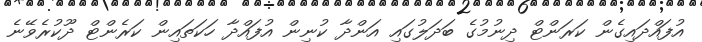
އުފައްދައިގެން ކަރަންޓް ދިނުމުގެ ބަދަލުގައި އަންދާ ކުނިން އުފައްދާ ހަކަތައިން ކަރެންޓް ދޫކުރެވޭނެ